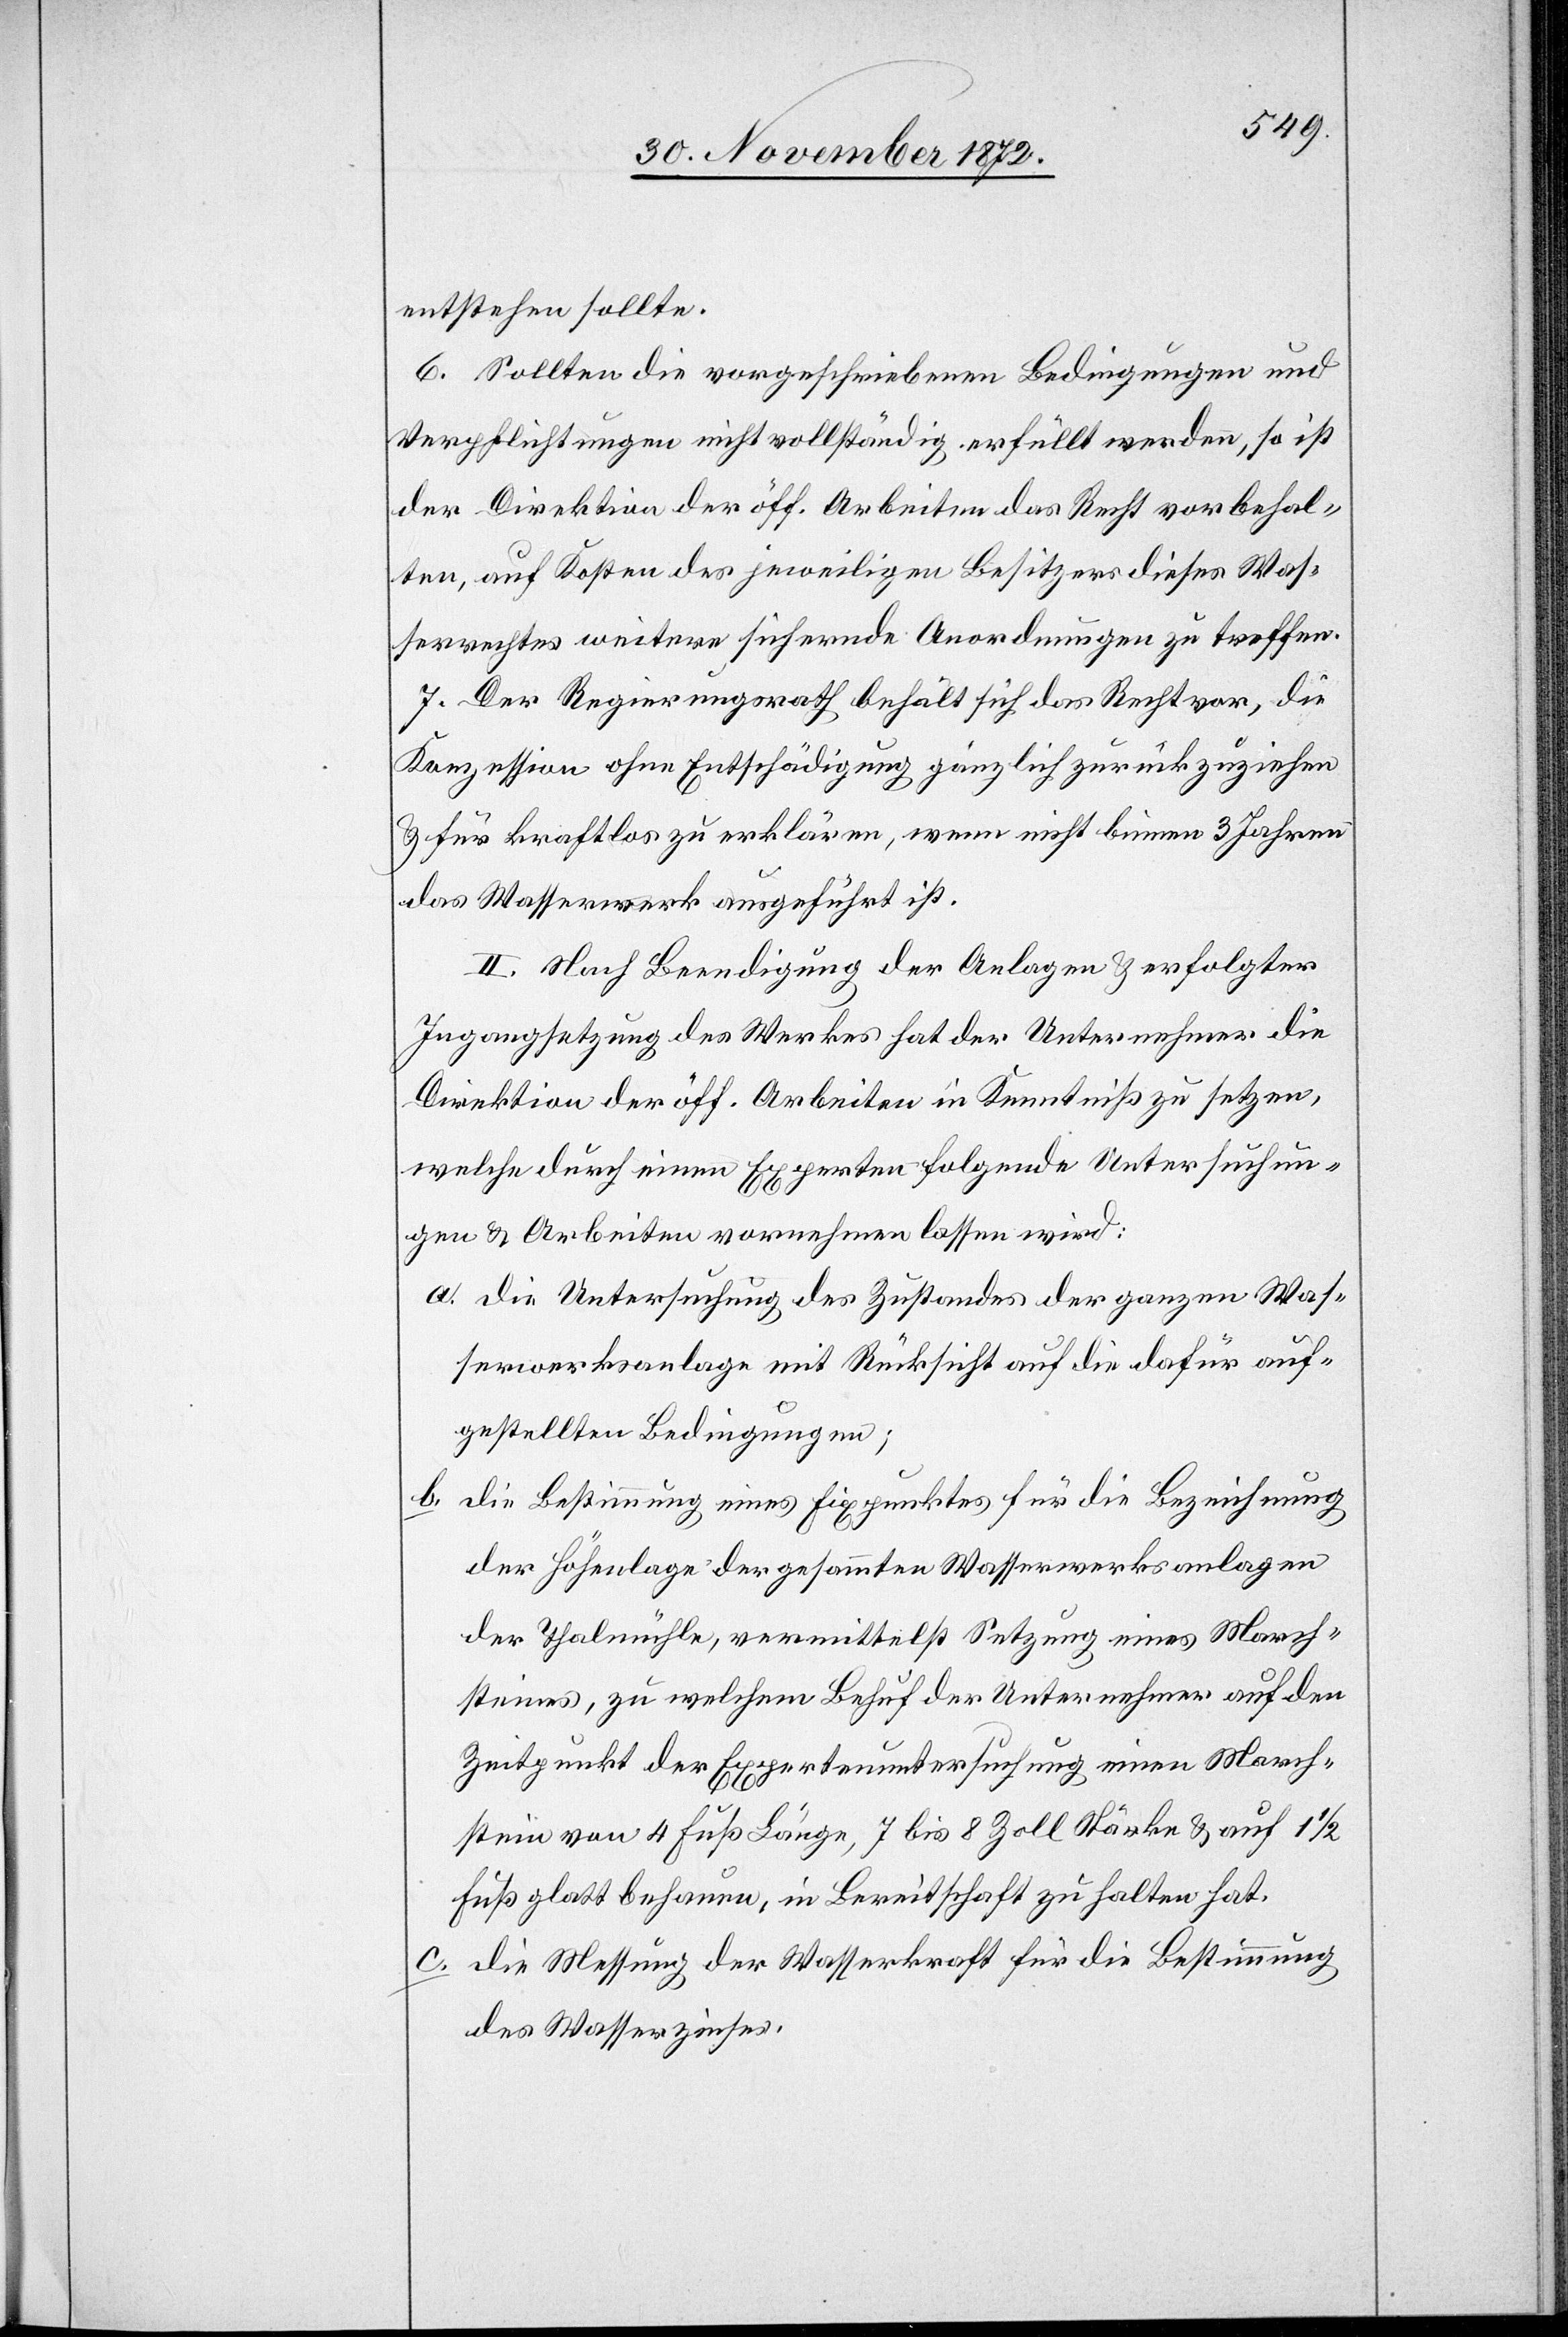
entstehen sollte.
6. Sollten die vorgeschriebenen Bedingungen und
Verpflichtungen nicht vollständig erfüllt werden, so ist
der Direktion der öff. Arbeiten das Recht vorbehal¬
ten, auf Kosten des jeweiligen Besitzers dieses Was¬
serrechtes weitere sichernde Anordnungen zu treffen.
7. Der Regierungsrath behält sich das Recht vor, die
Konzession ohne Entschädigung gänzlich zurückzuziehen
u. für kraftlos zu erklären, wenn nicht binnen 3 Jahren
das Wasserwerk ausgeführt ist.
II. Nach Beendigung der Anlagen u. erfolgter
Ingangsetzung des Werkes hat der Unternehmer die
Direktion der öff. Arbeiten in Kenntniß zu setzen,
welche durch einen Experten folgende Untersuchun¬
gen u. Arbeiten vornehmen lassen wird:
a. die Untersuchung des Zustandes der ganzen Was¬
serwerksanlage mit Rücksicht auf die dafür auf¬
gestellten Bedingungen;
b. die Bestimmung eines Fixpunktes für die Bezeichnung
der Höhenlage der gesammten Wasserwerksanlagen
der Thalmühle, vermittelst Setzung eines March¬
steines, zu welchem Behuf der Unternehmer auf den
Zeitpunkt der Expertenuntersuchung einen March¬
stein von 4 Fuß Länge, 7 bis 8 Zoll Stärke u. auf 1
Fuß glatt behauen, in Bereitschaft zu halten hat.
c. die Messung der Wasserkraft für die Bestimmung
des Wasserzinses.